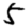
Digit: 5